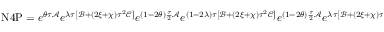
\begin{array} { r } { \mathrm { N } 4 \mathrm { P } = e ^ { \theta \tau \mathcal { A } } e ^ { \lambda \tau \left[ \mathcal { B } + ( 2 \xi + \chi ) \tau ^ { 2 } \mathcal { C } \right] } e ^ { ( 1 - 2 \theta ) \frac { \tau } { 2 } \mathcal { A } } e ^ { ( 1 - 2 \lambda ) \tau \left[ \mathcal { B } + ( 2 \xi + \chi ) \tau ^ { 2 } \mathcal { C } \right] } e ^ { ( 1 - 2 \theta ) \frac { \tau } { 2 } \mathcal { A } } e ^ { \lambda \tau \left[ \mathcal { B } + ( 2 \xi + \chi ) \tau ^ { 2 } \mathcal { C } \right] } e ^ { \theta \tau \mathcal { A } } , } \end{array}